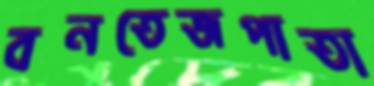
বনতেজপাতা